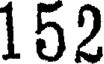
152